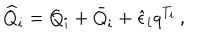
\widehat { Q } _ { i } = Q _ { i } + \bar { Q } _ { i } + \hat { \epsilon } _ { i } q ^ { T _ { i } } \, ,